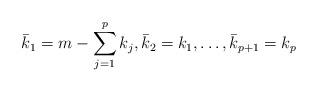
LaTeX: \begin{align*} \bar{k}_1 = m - \sum_{j=1}^p k_j, \bar{k}_2 = k_1, \ldots, \bar{k}_{p+1} = k_p\end{align*}